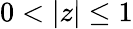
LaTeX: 0<|z|\leq 1